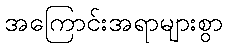
အကြောင်းအရာများစွာ